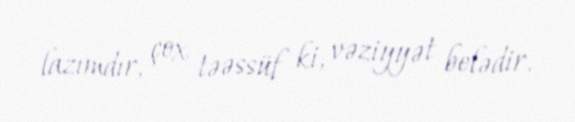
lazımdır, çox təəssüf ki, vəziyyət belədir.